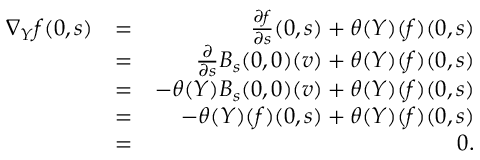
\begin{array} { r l r } { \nabla _ { Y } f ( 0 , s ) } & { = } & { \frac { \partial f } { \partial s } ( 0 , s ) + \theta ( Y ) ( f ) ( 0 , s ) } \\ & { = } & { \frac { \partial } { \partial s } B _ { s } ( 0 , 0 ) ( v ) + \theta ( Y ) ( f ) ( 0 , s ) } \\ & { = } & { - \theta ( Y ) B _ { s } ( 0 , 0 ) ( v ) + \theta ( Y ) ( f ) ( 0 , s ) } \\ & { = } & { - \theta ( Y ) ( f ) ( 0 , s ) + \theta ( Y ) ( f ) ( 0 , s ) } \\ & { = } & { 0 . } \end{array}